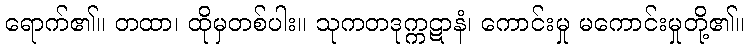
ရောက်၏။ တထာ၊ ထိုမှတစ်ပါး။ သုကတဒုက္ကဋာနံ၊ ကောင်းမှု မကောင်းမှုတို့၏။